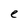
Character: e